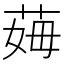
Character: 𦰓